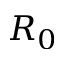
R _ { 0 }